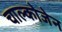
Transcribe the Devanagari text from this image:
चाल्कोजेन